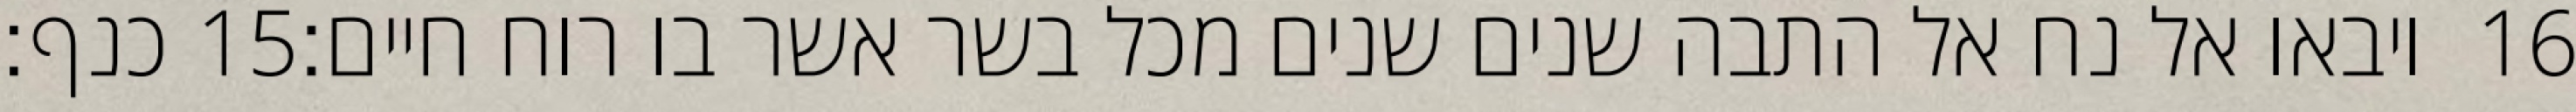
כנף׃ ‎15‏ ויבאו אל נח אל התבה שנים שנים מכל בשר אשר בו רוח חיים׃ ‎16‏